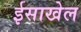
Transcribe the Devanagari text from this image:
ईसाखेल